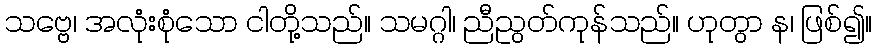
သဗ္ဗေ၊ အလုံးစုံသော ငါတို့သည်။ သမဂ္ဂါ၊ ညီညွတ်ကုန်သည်။ ဟုတွာ န၊ ဖြစ်၍။